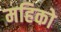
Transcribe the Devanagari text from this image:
महिको